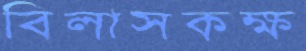
বিলাসকক্ষ